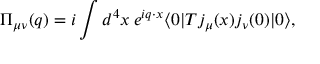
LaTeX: \Pi _ { \mu \nu } ( q ) = i \int d ^ { 4 } x \: e ^ { i q \cdot x } \langle 0 | { \cal T } j _ { \mu } ( x ) j _ { \nu } ( 0 ) | 0 \rangle ,